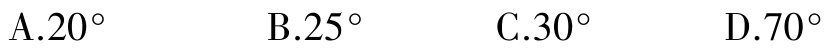
A.$20^{\circ}$  B.$25^{\circ}$  C.$30^{\circ}$  D.$70^{\circ}$